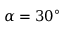
\alpha = 3 0 ^ { \circ }